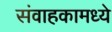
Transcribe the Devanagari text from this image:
संवाहकामध्ये